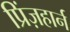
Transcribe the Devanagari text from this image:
प्रिंज़हार्न